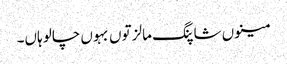
مینوں شاپنگ مالز توں بہوں چالو ہاں۔